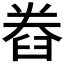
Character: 𮍨